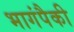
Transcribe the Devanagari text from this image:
भागंपैकी